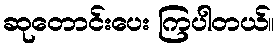
ဆုတောင်းပေး ကြပါတယ်။